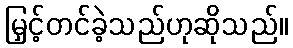
မြှင့်တင်ခဲ့သည်ဟုဆိုသည်။